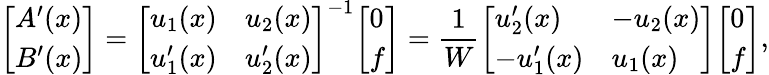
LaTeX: {\left[\begin{array}{l}{A^{\prime}(x)}\\ {B^{\prime}(x)}\end{array}\right]}={\left[\begin{array}{ll}{u_{1}(x)}&{u_{2}(x)}\\ {u_{1}^{\prime}(x)}&{u_{2}^{\prime}(x)}\end{array}\right]}^{-1}{\left[\begin{array}{l}{0}\\ {f}\end{array}\right]}={\frac{1}{W}}{\left[\begin{array}{ll}{u_{2}^{\prime}(x)}&{-u_{2}(x)}\\ {-u_{1}^{\prime}(x)}&{u_{1}(x)}\end{array}\right]}{\left[\begin{array}{l}{0}\\ {f}\end{array}\right]},